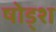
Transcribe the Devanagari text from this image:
षोड्श